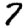
Digit: 7